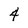
Character: 4